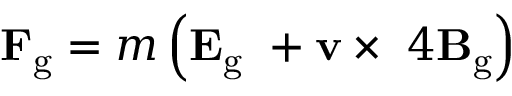
\mathbf { F _ { \mathrm { g } } } = m \left( \mathbf { E } _ { \mathrm { g } } \ + \mathbf { v } \times \ 4 \mathbf { B } _ { \mathrm { g } } \right)